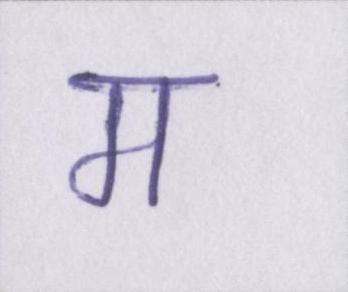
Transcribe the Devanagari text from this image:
म